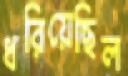
ধরিয়েছিল